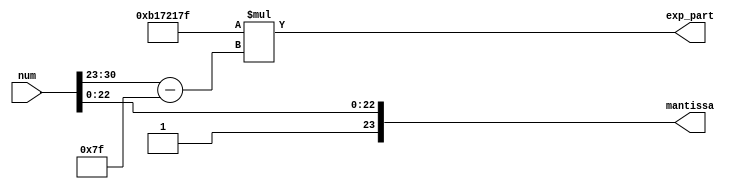

module log_man_process (
    input [32-1:0] num,
    output reg [24-1:0] mantissa,
    output reg signed [38-1:0] exp_part
);
wire signed [30-1:0] ln2;
wire signed [9-1:0] exp; 
assign ln2 = 30'b001011000101110010000101111111;
assign exp = $signed({1'b0,num[30:23]}) - 127;

always @(*) begin
    exp_part = ln2 * exp;
    mantissa = {1'b1,num[22:0]};
end

endmodule